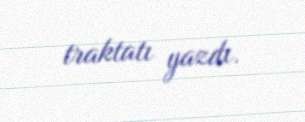
traktatı yazdı.